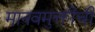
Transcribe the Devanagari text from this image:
मानवमुक्तीची